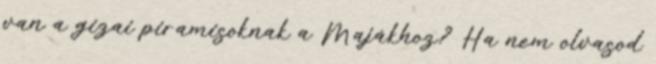
van a gizai piramisoknak a Majákhoz? Ha nem olvasod